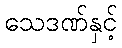
သေဒဏ်နှင့်